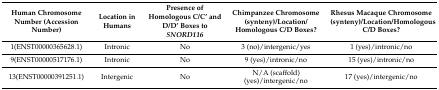
<table><thead><tr><td><b>Human Chromosome Number (Accession Number)</b></td><td><b>Location in Humans</b></td><td><b>Presence of Homologous C/C’ and D/D’ Boxes to <i>SNORD116</i></b></td><td><b>Chimpanzee Chromosome (synteny)/Location/ Homologous C/D Boxes?</b></td><td><b>Rhesus Macaque Chromosome (synteny)/Location/Homologous C/D Boxes?</b></td></tr></thead><tbody><tr><td>1(ENST00000365628.1)</td><td>Intronic</td><td>No</td><td>3 (no)/intergenic/yes</td><td>1 (yes)/intronic/no</td></tr><tr><td>9(ENST00000517176.1)</td><td>Intronic</td><td>No</td><td>9 (yes)/intronic/no</td><td>15 (yes)/intronic/no</td></tr><tr><td>13(ENST00000391251.1)</td><td>Intergenic</td><td>No</td><td>N/A (scaffold) (yes)/intergenic/no</td><td>17 (yes)/intergenic/no</td></tr></tbody></table>